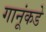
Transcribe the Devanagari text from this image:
गानूंकडे